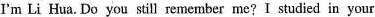
I'm Li Hua. Do you still remember me?I studied in your